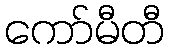
ကော်မီတီ